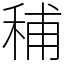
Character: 秿